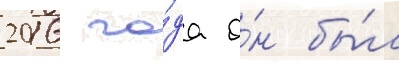
2016 го́да о́н бы́л